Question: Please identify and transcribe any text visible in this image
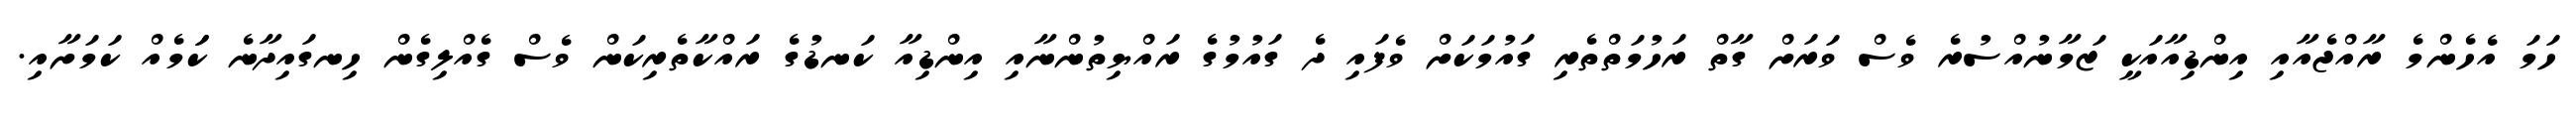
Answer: ހަމަ އެހެންމެ ރާއްޖެއާއި އިންޑިއާއަކީ ޒަމާނުއްސުރެ ވެސް ވަރަށް ގާތް ރަހުމަތްތެރި ގައުމަކަށް ވެފައި ދެ ގައުމުގެ ރައްޔިތުންނާއި އިންޑިއާ ކަނޑުގެ ރައްކާތެރިކަން ވެސް ގެއްލިގެން ހިނގައިދާނެ ކަަމެއް ކަމަށާއި.